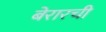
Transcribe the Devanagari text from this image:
बेरारची